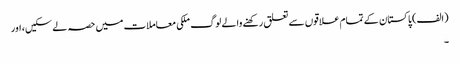
(الف) پاکستان کے تمام علاقوں سے تعلق رکھنے والے لوگ ملکی معاملات میں حصہ لے سکیں، اور
۔